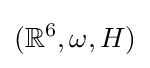
(\mathbb {R} ^{6},\omega ,H)